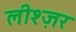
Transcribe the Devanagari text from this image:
लीश्ज़र